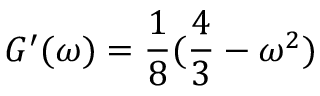
G ^ { \prime } ( \omega ) = \frac { 1 } { 8 } ( \frac { 4 } { 3 } - \omega ^ { 2 } )